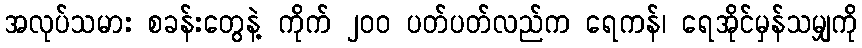
အလုပ်သမား စခန်းတွေနဲ့ ကိုက် ၂၀၀ ပတ်ပတ်လည်က ရေကန်၊ ရေအိုင်မှန်သမျှကို